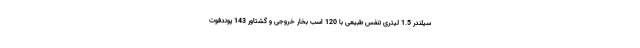
سیلندر 1.5 لیتری تنفس طبیعی با 120 اسب بخار خروجی و گشتاور 143 پوندفوت